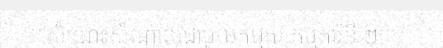
"""សំណេះសំណាលជាមួយកម្មករ កម្មការិនី ២៣,"""